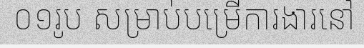
០១រូប សម្រាប់បម្រើការងារនៅ